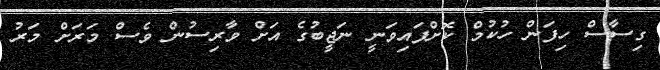
ގިސާސް ހިފަން ހުކުމް ކޮށްފައިވަނީ ނަޖީބުގެ އަށް ވާރިސުން ވެސް މަރަށް މަރު